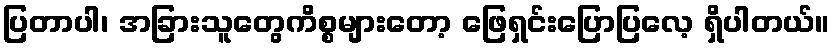
ပြတာပါ၊ အခြားသူတွေကိစ္စများတော့ ဖြေရှင်းပြောပြလေ့ ရှိပါတယ်။